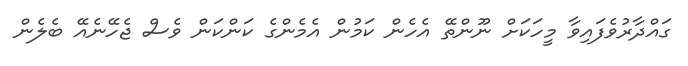
ގައްދާރުވެފައިވާ މީހަކަށް ނޫންތޭ އެހެން ކަމުން އެމެންގެ ކަންކަން ވެސް ޖެހޭނެއޭ ބެލެން